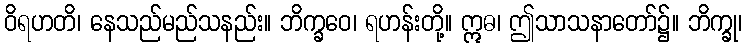
ဝိရဟတိ၊ နေသည်မည်သနည်း။ ဘိက္ခဝေ၊ ရဟန်းတို့။ ဣဓ၊ ဤသာသနာတော်၌။ ဘိက္ခု၊